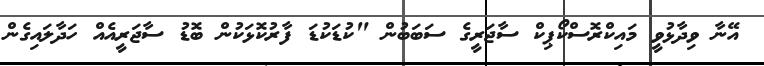
އޭނާ ވިދާޅުވީ މައިކްރޮސްކޯޕިކް ސާޖަރީގެ ސަބަބުން "ކުޑަކުޑަ ފާރުކޮޅަކުން ބޮޑު ސާޖަރީއެއް ހަދާލައިގެން